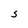
Character: S